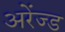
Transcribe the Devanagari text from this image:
अरेंज्ड